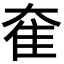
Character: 奞